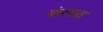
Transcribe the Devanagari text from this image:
बंधनास